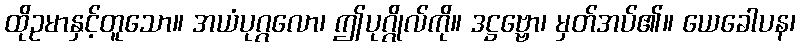
ထိုဥမာနှင့်တူသော။ အယံပုဂ္ဂလော၊ ဤပုဂ္ဂိုလ်ကို။ ဒဋ္ဌဗ္ဗော၊ မှတ်အပ်၏။ ယေခေါပန၊